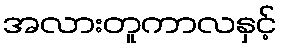
အလားတူကာလနှင့်